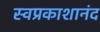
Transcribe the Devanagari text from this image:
स्वप्रकाशानंद